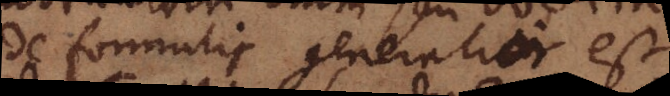
de formulis generalior est